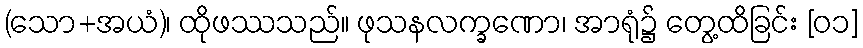
(သော+အယံ)၊ ထိုဖဿသည်။ ဖုသနလက္ခဏော၊ အာရုံ၌ တွေ့ထိခြင်း [၀၁]